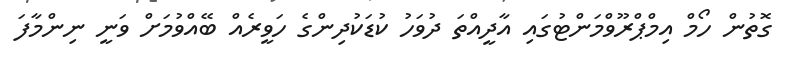
ގޮތުން ހޯމް އިމްޕްރޫވްމަންޓުގައި އާދީއްތަ ދުވަހު ކުޑަކުދިންގެ ހަވީރެއް ބޭއްވުމަށް ވަނީ ނިންމާފަ